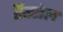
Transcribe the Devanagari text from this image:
ऍक्सेल